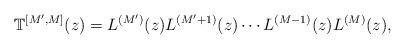
LaTeX: \begin{align*}\mathbb{T}^{[M', M]}(z)=L^{(M')}(z)L^{(M'+1)}(z)\cdots L^{(M-1)}(z)L^{(M)}(z), \end{align*}